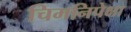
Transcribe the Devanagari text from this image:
चिमनिपेक्षा